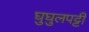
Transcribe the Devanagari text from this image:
घुघुलपट्टी